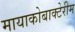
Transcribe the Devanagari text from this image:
मायाकोबाक्टेरीम